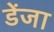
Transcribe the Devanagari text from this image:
डेंजा